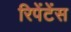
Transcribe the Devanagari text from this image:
रिपेंटेंस